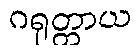
ဂရုတ္တာယ